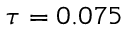
\tau = 0 . 0 7 5